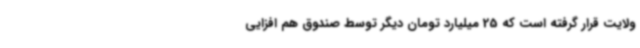
ولایت قرار گرفته است که 25 میلیارد تومان دیگر توسط صندوق هم افزایی